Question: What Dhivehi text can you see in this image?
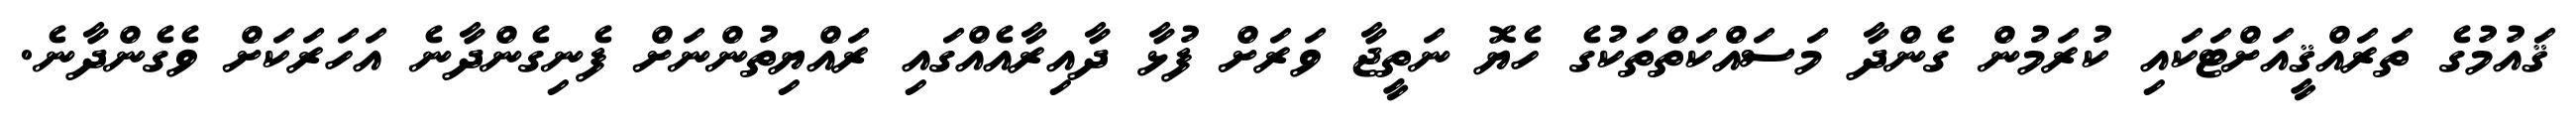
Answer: ޤައުމުގެ ތަރައްޤީއަށްޓަކައި ކުރަމުން ގެންދާ މަސައްކަތްތަކުގެ ހެޔޮ ނަތީޖާ ވަރަށް ފުޅާ ދާއިރާއެއްގައި ރައްޔިތުންނަށް ފެނިގެންދާނެ އަހަރަކަށް ވެގެންދާނެ.